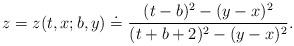
LaTeX: \begin{align*} z=z(t,x;b,y) \doteq \frac{(t-b)^2-(y-x)^2}{(t+b+2)^2-(y-x)^2}. \end{align*}